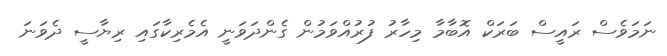
ނަމަވެސް ރައީސް ބަރަކް އޮބާމާ މިހާރު ފުރުއްވަމުން ގެންދަވަނީ އެމެރިކާގައި ރިޔާސީ ދެވަނަ